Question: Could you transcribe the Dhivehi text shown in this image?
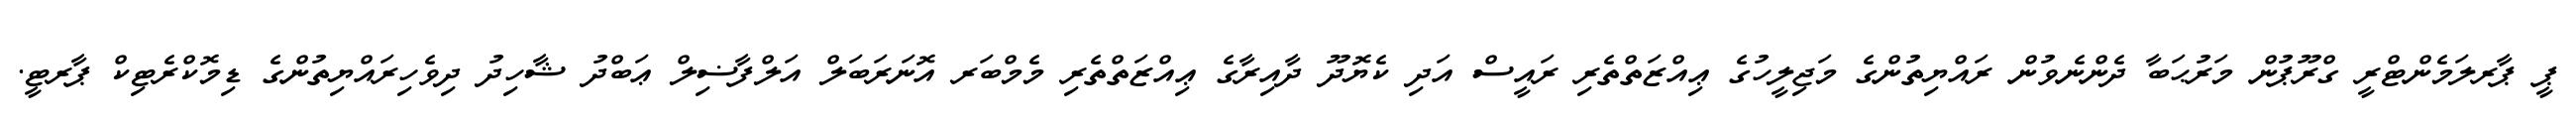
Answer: ޕީ ޕާރލަމެންޓްރީ ގްރޫޕުން މަރުޙަބާ ދެންނެވުން ރައްޔިތުންގެ މަޖިލީހުގެ ޢިއްޒަތްތެރި ރައީސް އަދި ކެޔޮދޫ ދާއިރާގެ ޢިއްޒަތްތެރި މެމްބަރ އޮނަރަބަލް އަލްފާޟިލް ޢަބްދު ޝާހިދު ދިވެހިރައްޔިތުންގެ ޑިމޮކްރެޓިކް ޕާރޓީ.